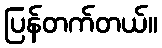
ပြန်တက်တယ်။